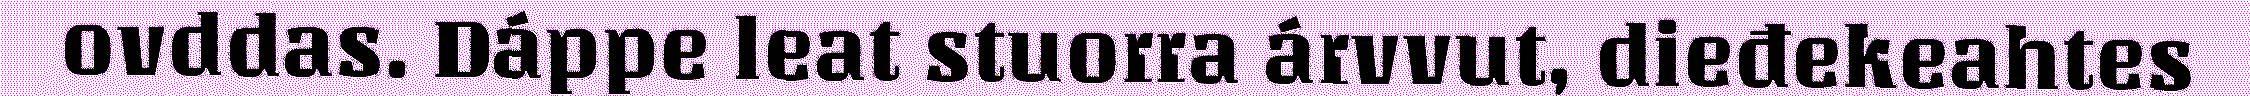
ovddas. Dáppe leat stuorra árvvut, dieđekeahtes